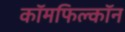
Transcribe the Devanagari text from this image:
कॉमफिल्कॉन